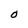
Character: O